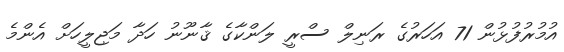
އުމުރުފުޅުން 71 އަހަރުގެ ރަނިލް ސްރީ ލަންކާގެ ޤާނޫނު ހަދާ މަޖިލީހަށް އެންމެ